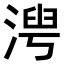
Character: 𬈍